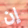
إن